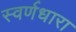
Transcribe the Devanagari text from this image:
स्वर्णधारा